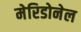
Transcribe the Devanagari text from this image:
मेरिडोनेल